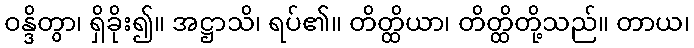
ဝန္ဒိတွာ၊ ရှိခိုး၍။ အဋ္ဌာသိ၊ ရပ်၏။ တိတ္ထိယာ၊ တိတ္ထိတို့သည်။ တာယ၊